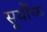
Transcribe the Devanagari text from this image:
सूर्योच्य